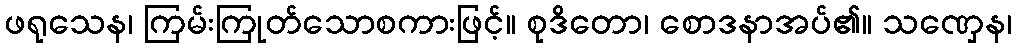
ဖရုသေန၊ ကြမ်းကြုတ်သောစကားဖြင့်။ စုဒိတော၊ စောဒနာအပ်၏။ သဏှေန၊